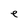
Character: e